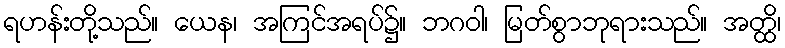
ရဟန်းတို့သည်။ ယေန၊ အကြင်အရပ်၌။ ဘဂဝါ၊ မြတ်စွာဘုရားသည်။ အတ္ထိ၊